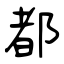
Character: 都